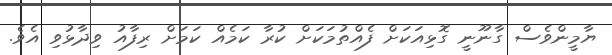
ޔާމީންވެސް ގާނޫޫނީ ގޮޅިއަކަށް ފެއްތުމަކަށް ކުރާ ކަމެއް ކަމަށް ރިފާއު ވިދާޅުވި އެވެ.